system: You are a helpful assistant.
user:
Analyze the provided spectrum to determine if it is a **"Cataclysmic Variables (CV)"**.

- **Key Indicators for CV (Check for either state):**
    - **State 1: Quiescent / Low-State (Emission-Dominated)**
        - **(Primary):** Strong and *very broad* Hydrogen Balmer emission lines (e.g., $H\alpha$ at 6563 Å, $H\beta$ at 4861 Å). The 'broadness' (high velocity dispersion, often FWHM > 1000 km/s) is the key diagnostic, indicating a high-velocity accretion disk.
        - **(Secondary):** Broad neutral Helium (He I) emission lines (e.g., 5876 Å, 6678 Å).
        - **(Key Confirmation):** Presence of high-excitation *ionized* Helium (He II) emission at 4686 Å. This is a strong indicator of accretion onto a white dwarf.
        - **(Line Profile):** Emission lines may exhibit a 'double-peaked' profile, which is a classic signature of a rotating accretion disk viewed at high inclination.

    - **State 2: Outburst / High-State (Absorption-Dominated)**
        - **(Primary):** Spectrum is dominated by a bright, blue continuum (looks like a hot star).
        - **(Secondary):** The emission lines from State 1 are weak, absent, or 'filled in', and are replaced by broad, shallow *absorption* lines (primarily Balmer and He I).
        - **(Morphology):** The overall spectrum mimics a hot B/A-type star. The crucial difference is that the absorption lines are significantly broader, shallower, and more 'washed-out' (or 'smeared') than the sharp lines of a normal stellar photosphere, due to high rotational speeds and pressure broadening in the disk.

Think first, call **spectral_visualization_tool** if needed to examine features in detail, then provide your final answer. Your response must adhere to the following strict rules:
1.  **Overall Structure:** Your response must follow the format `<think>...</think> <tool_call>...</tool_call> (if a tool is used) <answer>...</answer>`.
2.  **Tool Usage Constraint:** You may only make **one** tool call per turn.
3.  **Final Answer Format:** In the `<answer>` tag, your conclusion must be inside a `\boxed{}` command (e.g., `\boxed{YES}`), followed by your justification.

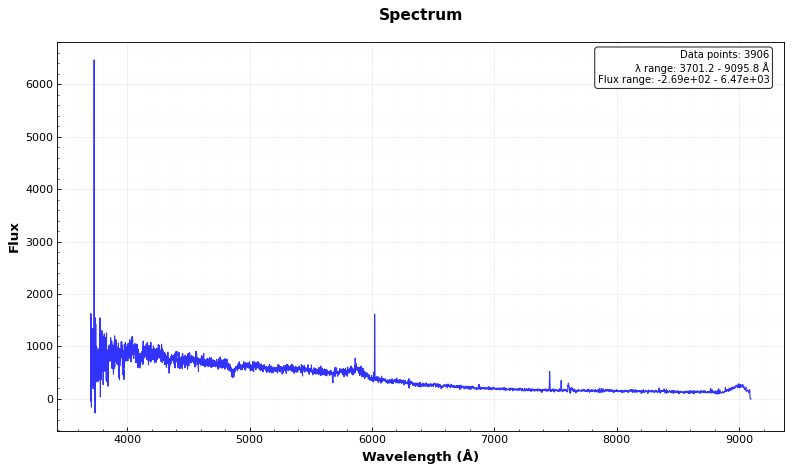
Answer: NO